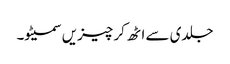
جلدی سے اٹھ کر چیزیں سمیٹو۔